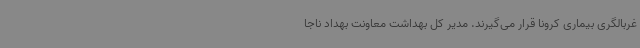
غربالگری بیماری کرونا قرار می‌گیرند. مدیر کل بهداشت معاونت بهداد ناجا